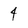
Character: 4